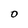
Character: O